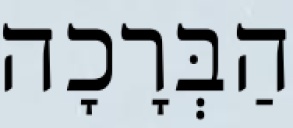
הַבְּרָכָה